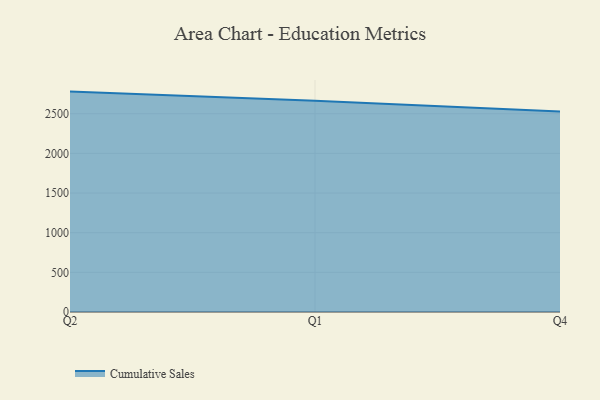
{"axis": {"x": "Quarter", "y": "Market Share (%)"}, "legend": ["Cumulative Sales"], "data": [{"x": "Q2", "y": 2779.0, "type": "Cumulative Sales"}, {"x": "Q1", "y": 2665.2, "type": "Cumulative Sales"}, {"x": "Q4", "y": 2529.5, "type": "Cumulative Sales"}]}